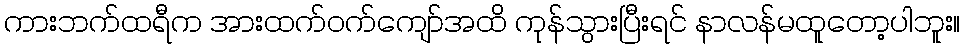
ကားဘက်ထရီက အားထက်ဝက်ကျော်အထိ ကုန်သွားပြီးရင် နာလန်မထူတော့ပါဘူး။